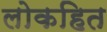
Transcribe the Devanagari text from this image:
लोकहित